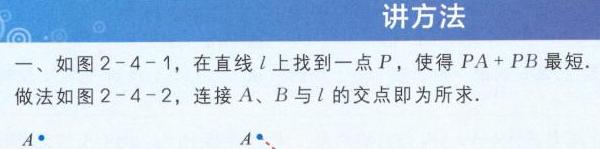
讲方法
一、如图2 - 4 - 1，在直线\(l\)上找到一点\(P\)，使得\(PA + PB\)最短.
做法如图2 - 4 - 2，连接\(A\)、\(B\)与\(l\)的交点即为所求.
\(A\cdot\)
\(A\cdot\)